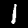
Digit: 1